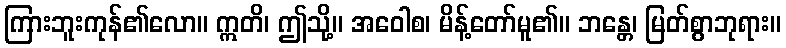
ကြားဘူးကုန်၏လော။ ဣတိ၊ ဤသို့။ အဝေါစ၊ မိန့်တော်မူ၏။ ဘန္တေ၊ မြတ်စွာဘုရား။